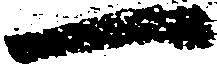
一